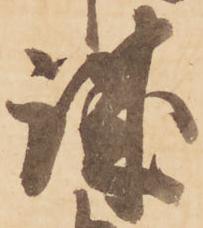
誠